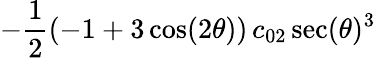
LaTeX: -\frac{1}{2}(-1+3\cos(2\theta))\, c_{02}\sec(\theta)^{3}